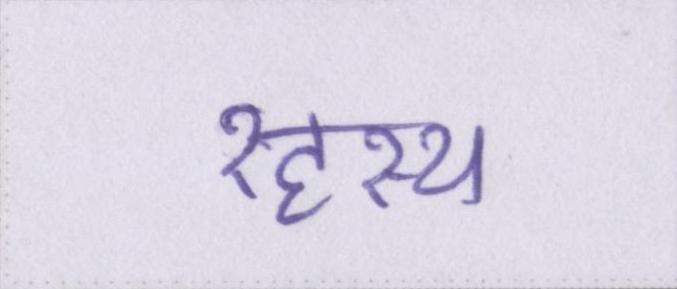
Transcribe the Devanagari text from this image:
रहस्य